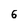
Character: 6